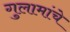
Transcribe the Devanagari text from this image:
गुलामांचे